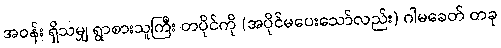
အဝန်း ရှိသမျှ ရွာစားသူကြီး တပိုင်ကို (အပိုင်မပေးသော်လည်း) ဂါမခေတ် တခု